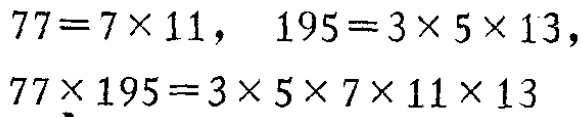
\[

77 = 7\times11,\quad 195 = 3\times5\times13,\\

77\times195=3\times5\times7\times11\times13

\]